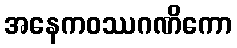
အနေကဝဿဂဏိကော